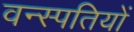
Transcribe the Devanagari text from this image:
वन्स्पतियों